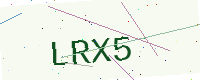
Text: LRX5